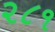
૨૮૧